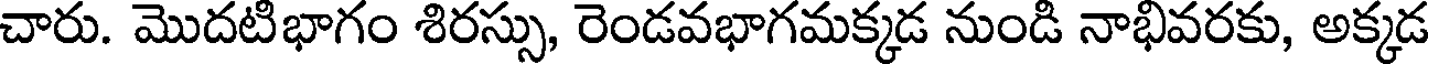
చారు. మొదటిభాగం శిరస్సు, రెండవభాగమక్కడ నుండి నాభివరకు, అక్కడ